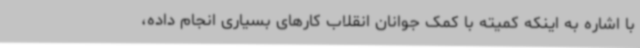
با اشاره به اینکه کمیته با کمک جوانان انقلاب کارهای بسیاری انجام داده،